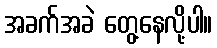
အခက်အခဲ တွေ့နေလို့ပါ။